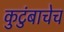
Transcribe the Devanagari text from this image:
कुटुंबाचेच